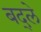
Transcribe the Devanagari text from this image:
बद्ले